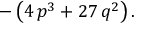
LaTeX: - \left( 4 \, p ^ { 3 } + 2 7 \, q ^ { 2 } \right) .